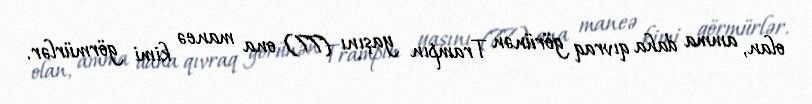
olan, amma daha qıvraq görünən Trampın yaşını (77) ona maneə kimi görmürlər.